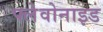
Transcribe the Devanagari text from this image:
फ्लेवोनाइड